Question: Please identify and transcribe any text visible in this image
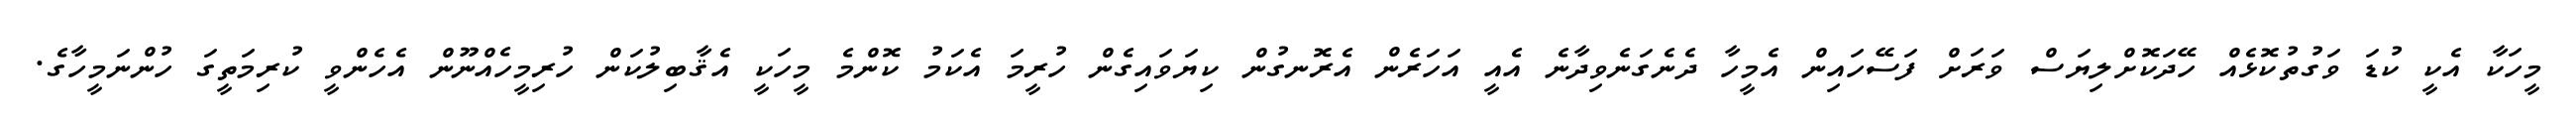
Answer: މީހަކާ އެކީ ކުޑަ ވަގުތުކޮޅެއް ހޭދަކޮށްލިޔަސް ވަރަށް ފަސޭހައިން އެމީހާ ދެނެގަނެވިދާނެ އެއީ އަހަރެން އެރޮނގުން ކިޔަވައިގެން ހުރީމަ އެކަމު ކޮންމެ މީހަކީ އެޤާބިލުކަން ހުރިމީހެއްނޫން އެހެންވީ ކުރިމަތީގަ ހުންނަމީހާގެ.